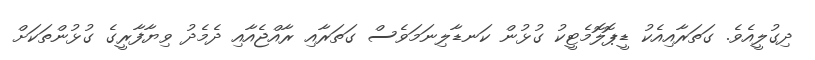
ދިގުލީއެވެ. ގަތަރާއިއެކު ޑީޕޮލޮމެޓީކު ގުޅުން ކަނޑާލިނަމަވެސް ގަތަރާއި ރާއްޖެއާއި ދެމެދު ވިޔާފާރީގެ ގުޅުންތަކަށް